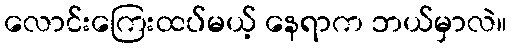
လောင်းကြေးထပ်မယ့် နေရာက ဘယ်မှာလဲ။